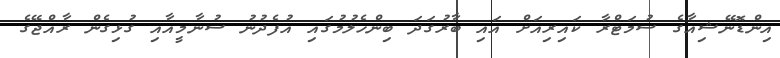
އިންޑޮނޭޝިއާގެ ސުމަޓްރާ ކައިރިއަށް އައި ބާރުގަދަ ބިންހެލުމުގައި އުފެދުނު ސުނާމީއާއި ގުޅިގެން ރާއްޖޭގެ